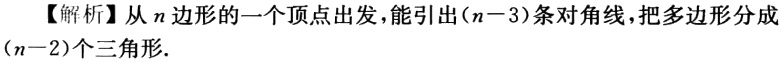
【解析】从\(n\)边形的一个顶点出发，能引出\((n - 3)\)条对角线，把多边形分成\((n - 2)\)个三角形.